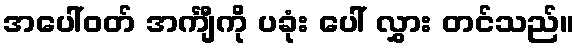
အပေါ်ဝတ် အင်္ကျီကို ပခုံး ပေါ် လွှား တင်သည်။